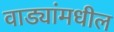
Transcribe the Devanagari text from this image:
वाड्यांमधील